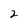
Character: 2